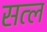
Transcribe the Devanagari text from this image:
सत्ल